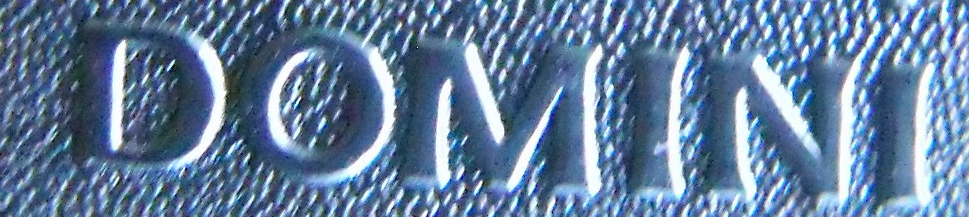
DOMINI